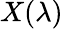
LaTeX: X(\lambda)